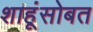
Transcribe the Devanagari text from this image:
शाहूंसोबत